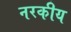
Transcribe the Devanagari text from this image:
नरकीय